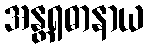
အန္တရဓာနာယ